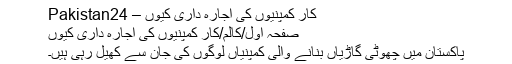
کار کمپنیوں کی اجارہ داری کیوں – Pakistan24
صفحہ اول/کالم/کار کمپنیوں کی اجارہ داری کیوں
پاکستان میں چھوٹی گاڑیاں بنانے والی کمپنیاں لوگوں کی جان سے کھیل رہی ہیں۔